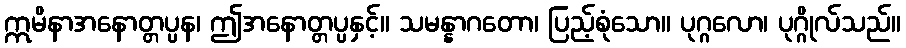
ဣမိနာအနောတ္တပ္ပန၊ ဤအနောတ္တပ္ပနှင့်။ သမန္နာဂတော၊ ပြည့်စုံသော။ ပုဂ္ဂလော၊ ပုဂ္ဂိုလ်သည်။